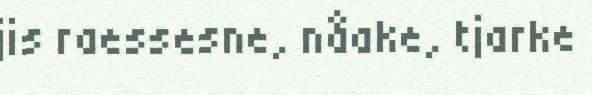
jis raessesne, nåake, tjarke